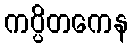
ကပ္ပိတကေန